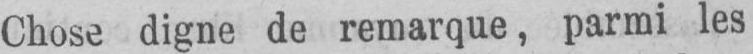
Chose digne de remarque, parmi les